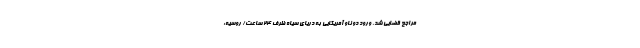
مراجع قضایی شد. ورود دو ناو آمریکایی به دریای سیاه ظرف ۲۴ ساعت/ روسیه: